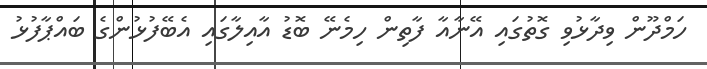
ހަމްދޫން ވިދާޅުވި ގޮތުގައި އޭނާއާ ފާތިން ހިމެނޭ ބޮޑު އާއިލާގައި އެބޭފުޅުންގެ ބައްޕާފުޅު